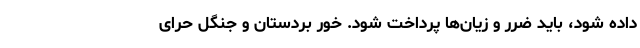
داده شود، باید ضرر و زیان‌ها پرداخت شود. خور بردستان و جنگل حرای